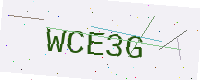
Text: WCE3G